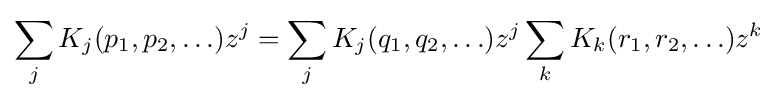
\sum _{j}K_{j}(p_{1},p_{2},\ldots )z^{j}=\sum _{j}K_{j}(q_{1},q_{2},\ldots )z^{j}\sum _{k}K_{k}(r_{1},r_{2},\ldots )z^{k}